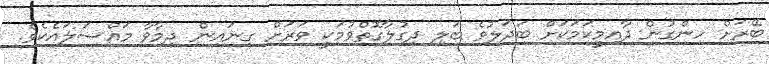
ބޭރަށް ހިންގުން ދާއިމީކަމަކަށް ބަދަލުވެ ބަލި ދިގުލާގޮތްވުމަކީ ވަރަށް ގިނައިން ދިމާވާ މައްސަލައެކެވެ.